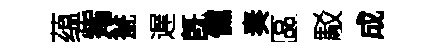
蕴觜瓮遅旣儻奏區駁成